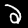
Label: 2